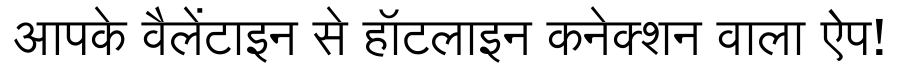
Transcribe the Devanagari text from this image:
आपके वैलेंटाइन से हॉटलाइन कनेक्शन वाला ऐप!